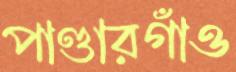
পাণ্ডারগাঁও